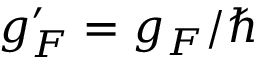
g _ { F } ^ { \prime } = g _ { F } / \hbar